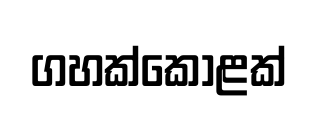
ගහක්කොළක්